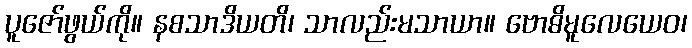
ပူဇော်ဖွယ်ကို။ နစသာဒိယတိ၊ သာလည်းမသာယာ။ ဗောဓိမူလေယေဝ၊